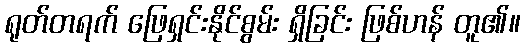
ရုတ်တရက် ဖြေရှင်းနိုင်စွမ်း ရှိခြင်း ဖြစ်ဟန် တူ၏။